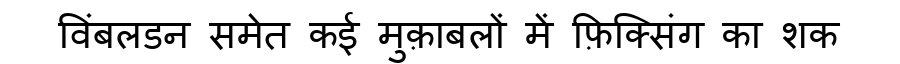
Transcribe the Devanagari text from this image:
विंबलडन समेत कई मुक़ाबलों में फ़िक्सिंग का शक